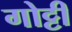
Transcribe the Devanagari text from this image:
गोट्टी